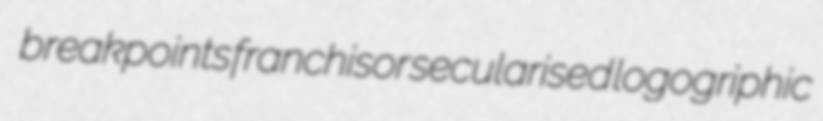
breakpoints franchisor secularised logogriphic